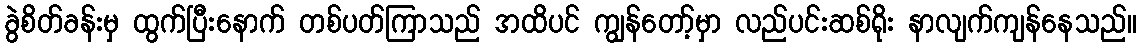
ခွဲစိတ်ခန်းမှ ထွက်ပြီးနောက် တစ်ပတ်ကြာသည် အထိပင် ကျွန်တော့်မှာ လည်ပင်းဆစ်ရိုး နာလျက်ကျန်နေသည်။